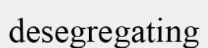
desegregating